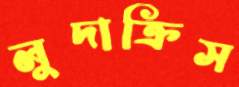
লুদাক্রিস